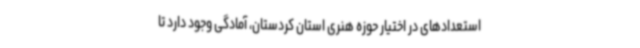
استعدادهای در اختیار حوزه هنری استان کردستان، آمادگی وجود دارد تا